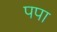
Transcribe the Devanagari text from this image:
पपा